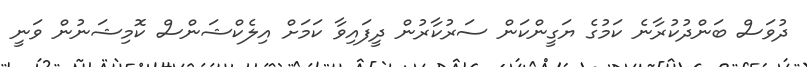
ދުވަސް ބަންދުކުރާނެ ކަމުގެ ޔަގީންކަން ސަރުކާރުން ދީފައިވާ ކަމަށް އިލެކްޝަންސް ކޮމިޝަނުން ވަނީ